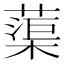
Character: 蕖